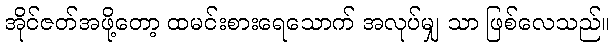
အိုင်ဇတ်အဖို့တော့ ထမင်းစားရေသောက် အလုပ်မျှ သာ ဖြစ်လေသည်။